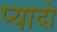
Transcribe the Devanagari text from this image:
प्‍यादो